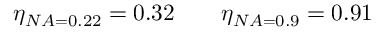
\eta _ { N A = 0 . 2 2 } = 0 . 3 2 \qquad \eta _ { N A = 0 . 9 } = 0 . 9 1